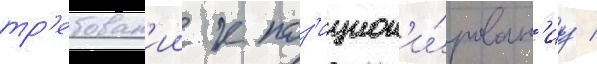
тр'ебован'ии к поз'ицион'и́рован'иу /